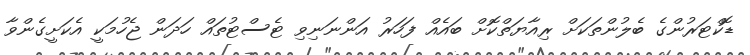
ޑޮކްޓަރުންގެ ބެލުންތަކަށް ރިއާޔަތްކޮށް ބައެއް ފަހަރު އަންނަނިވި ޓެސްޓުތައް ހަދަން ޖެހުމަކީ އެކަށީގެންވާ